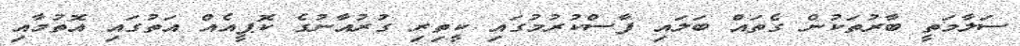
ސަލާމަތީ ބާރުތަކުން ގެތައް ބަލައި ފާސްކުރުމުގައި ކީތިރި ގުރުއާނުގެ ކޮޕީއެއް އަތުގައި އޮތުމާއި